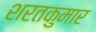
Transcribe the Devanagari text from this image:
शरतकुमार